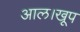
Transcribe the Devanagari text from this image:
आल।खूप